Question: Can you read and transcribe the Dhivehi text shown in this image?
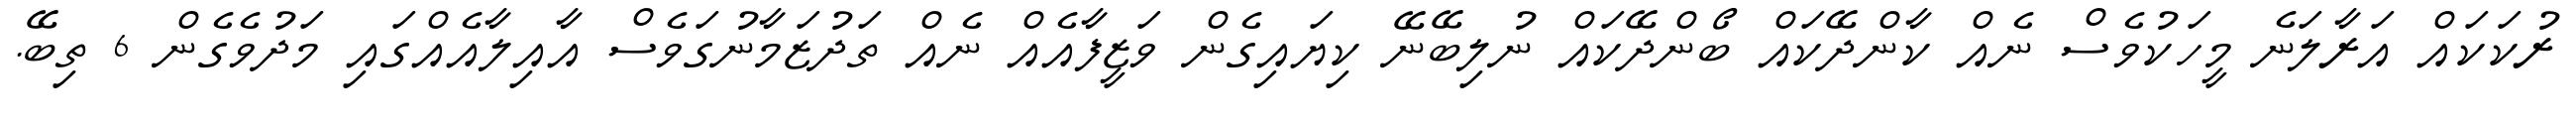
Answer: ރުކަކައް އަރާލަނެ މީހަކުވެސް ނެއް ކާންދޭކައް ބޯންދޭކައް ނުލިބޭނޭ ކިޔައިގެން ވަޒީފާއެއް ނެއް ތަދުޒަމާނުގަވެސް އާއިލާއެއްގައި މަދުވެގެން 6 ތިބޭ.